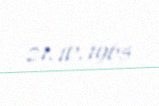
21.10.1965